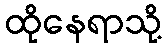
ထိုနေရာသို့